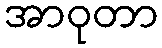
အာဝုတာ